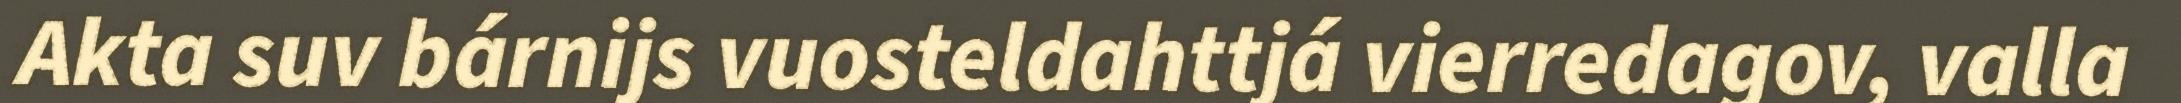
Akta suv bárnijs vuosteldahttjá vierredagov, valla